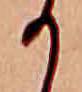
か